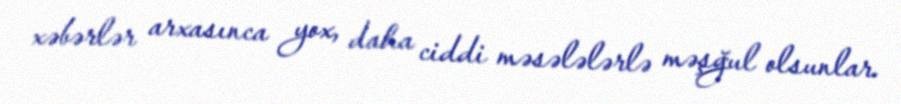
xəbərlər arxasınca yox, daha ciddi məsələlərlə məşğul olsunlar.